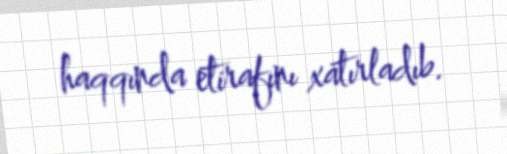
haqqında etirafını xatırladıb.